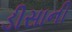
ડીસાની